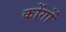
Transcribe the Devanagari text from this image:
कोंगों